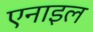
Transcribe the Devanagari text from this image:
एनाइल